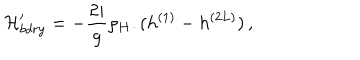
{ \cal H } _ { b d r y } ^ { \prime } = - \frac { 2 i } { g } \rho _ { H } . ( h ^ { ( 1 ) } - h ^ { ( 2 L ) } ) \, ,